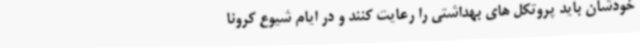
خودشان باید پروتکل های بهداشتی را رعایت کنند و در ایام شیوع کرونا